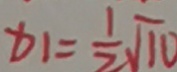
x 1 = \frac { 1 } { 2 } \sqrt { 1 0 }